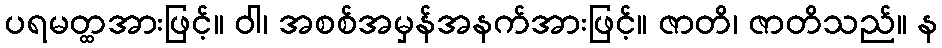
ပရမတ္ထအားဖြင့်။ ဝါ၊ အစစ်အမှန်အနက်အားဖြင့်။ ဇာတိ၊ ဇာတိသည်။ န